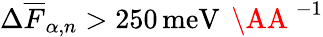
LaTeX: \Delta\overline{{F}}_{\alpha,n}>250\, \mathrm{meV}\, \mathrm{~\AA~}^{-1}